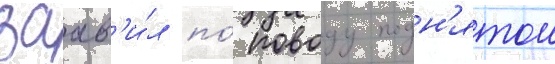
заав'и́л по́ поводу подн'ятои